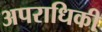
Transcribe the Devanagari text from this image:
अपराधिकी